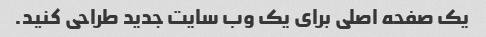
یک صفحه اصلی برای یک وب سایت جدید طراحی کنید.